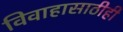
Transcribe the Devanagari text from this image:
विवाहासाठीही